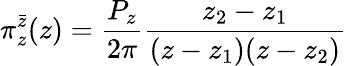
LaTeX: \pi_{z}^{\bar{z}}(z)=\frac{P_{z}}{2\pi}\frac{z_{2}-z_{1}}{(z-z_{1})(z-z_{2})}